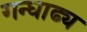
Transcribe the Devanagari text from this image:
गन्धाढ्य